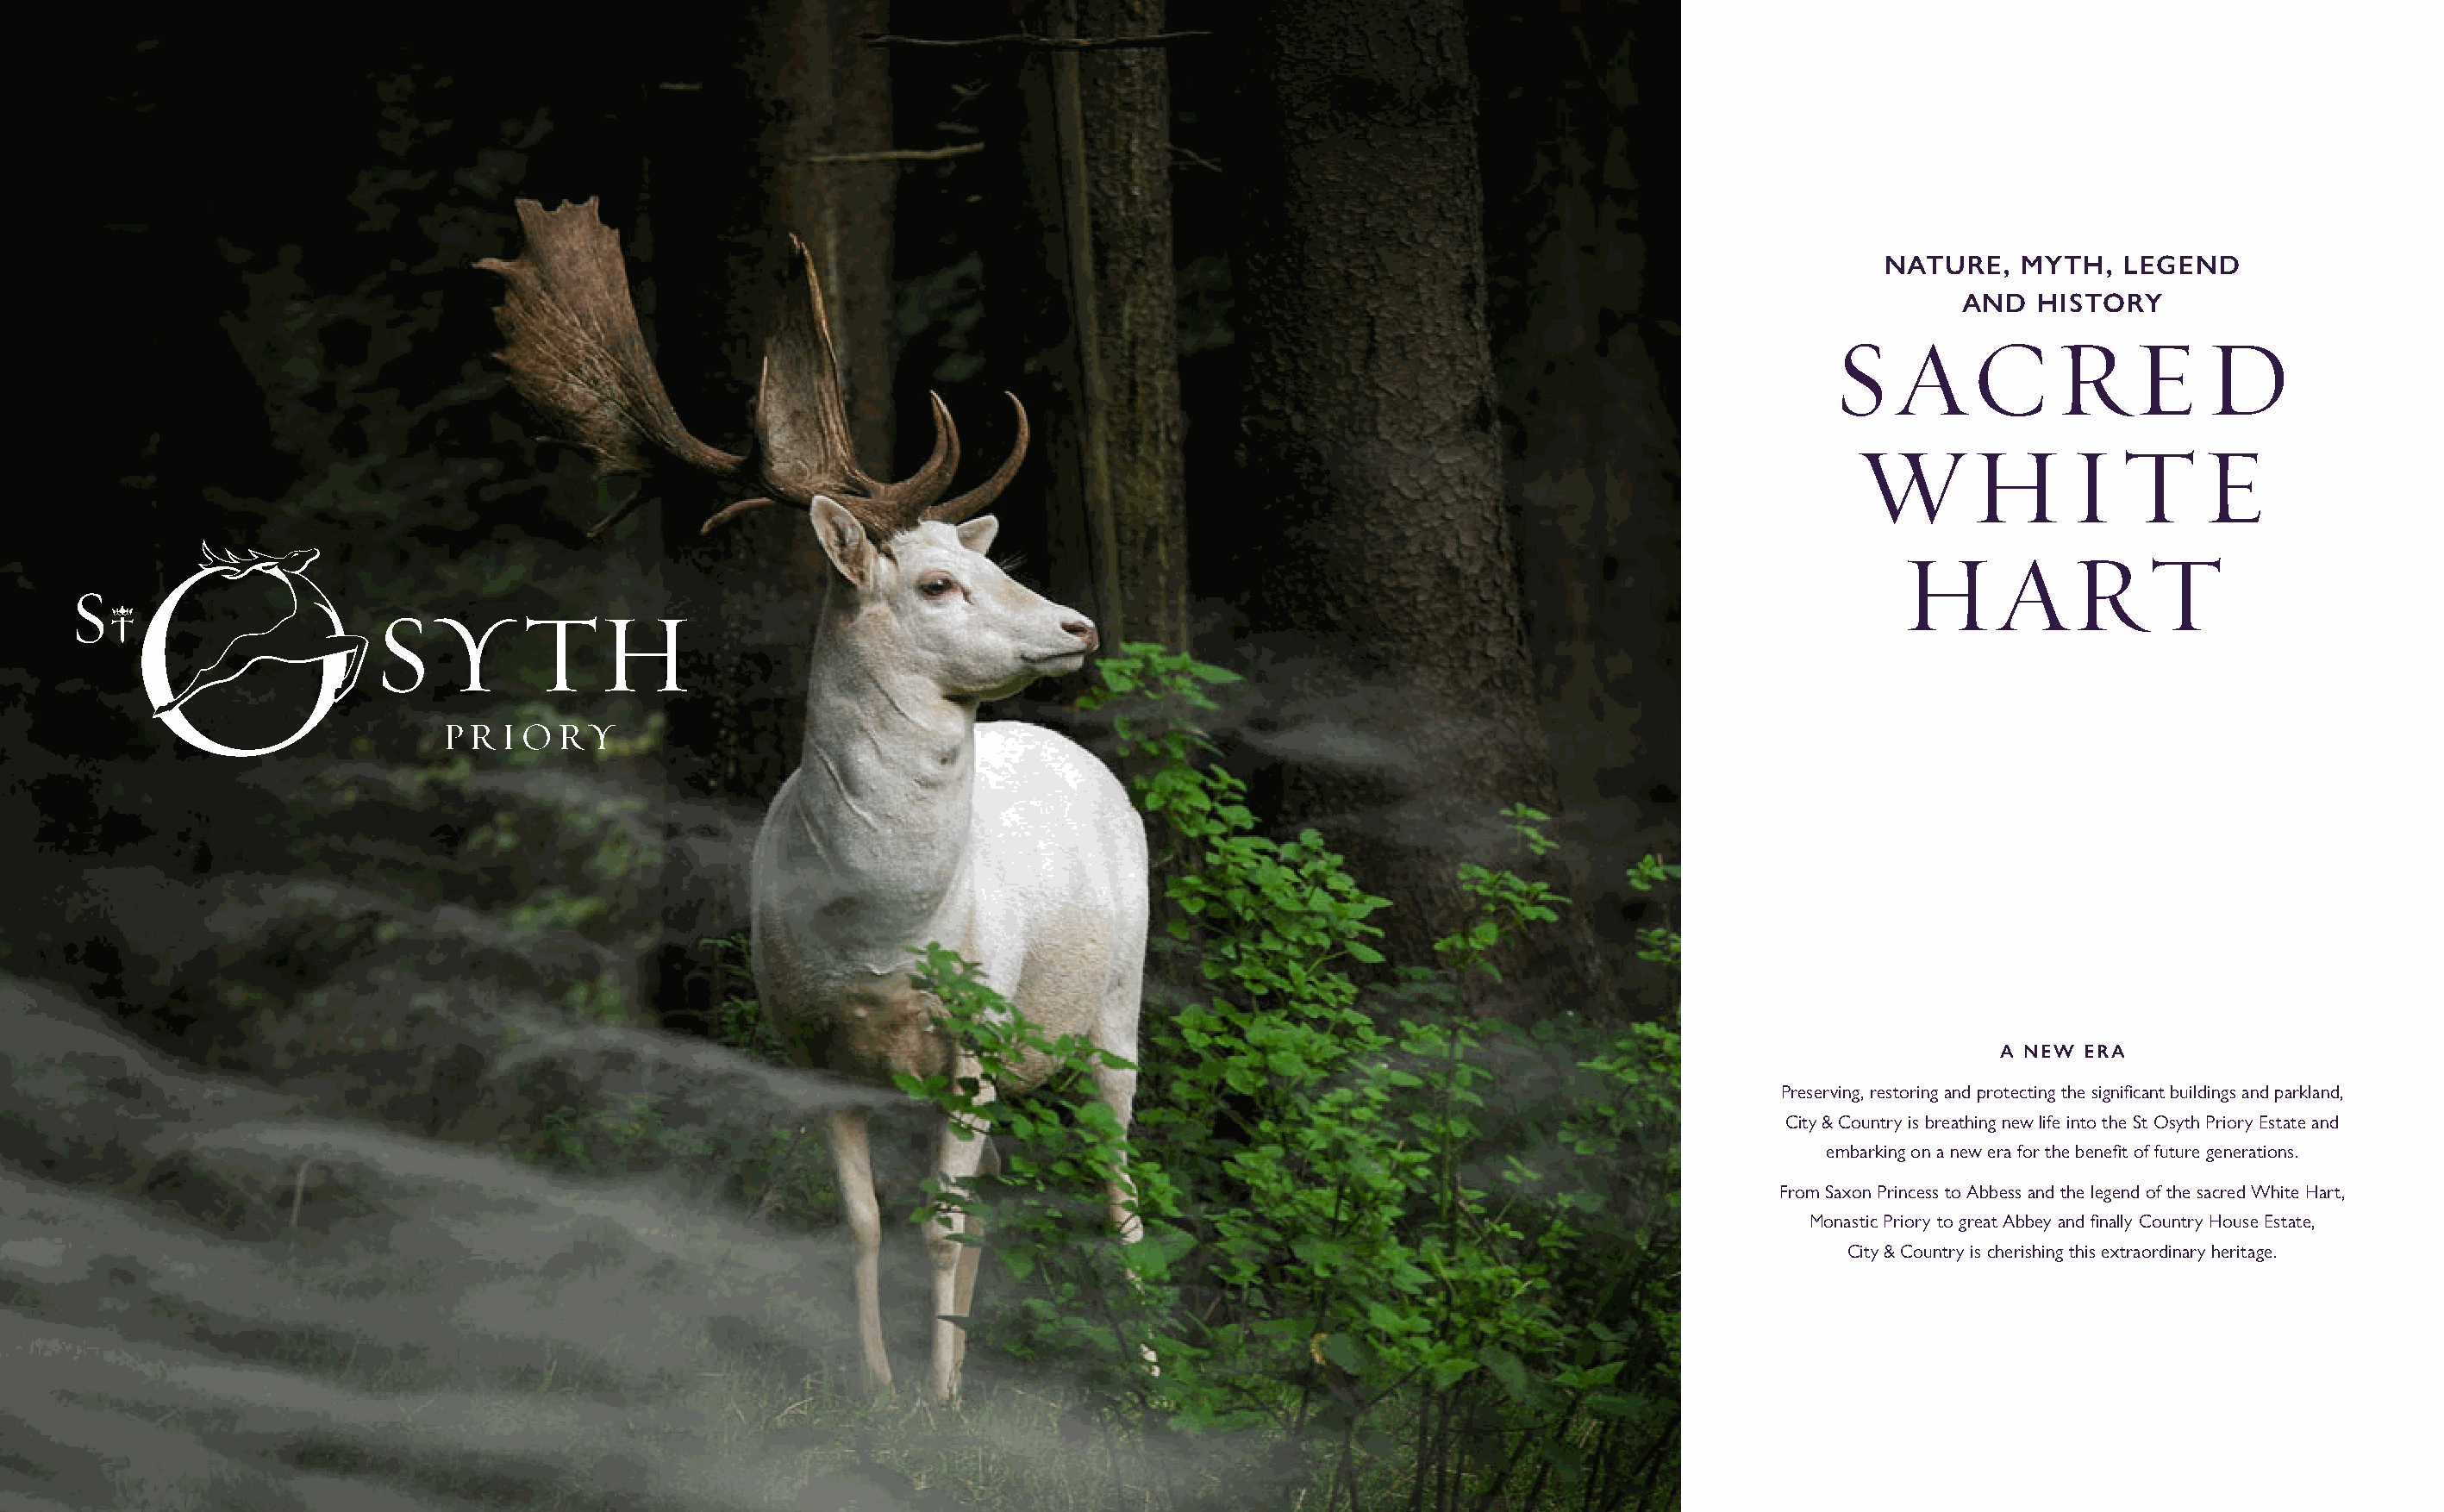
NATURE,   MYTH,   LEGEND
 AND  HISTORY
 S    AC          R     E    D
 W       H       I   T     E
 HART
 A NEW ERA
 Preserving, restoring and protecting the signifi cant buildings and parkland,
 City & Country is breathing new life into the St Osyth Priory Estate and
 embarking on a new era for the benefi t of future generations.
 From Saxon Princess to Abbess and the legend of the sacred White Hart,
 Monastic Priory to great Abbey and fi nally Country House Estate,
 City & Country is cherishing this extraordinary heritage.